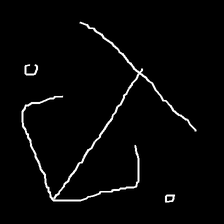
Glyph: earth